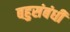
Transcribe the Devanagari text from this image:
बहुसंबंधी